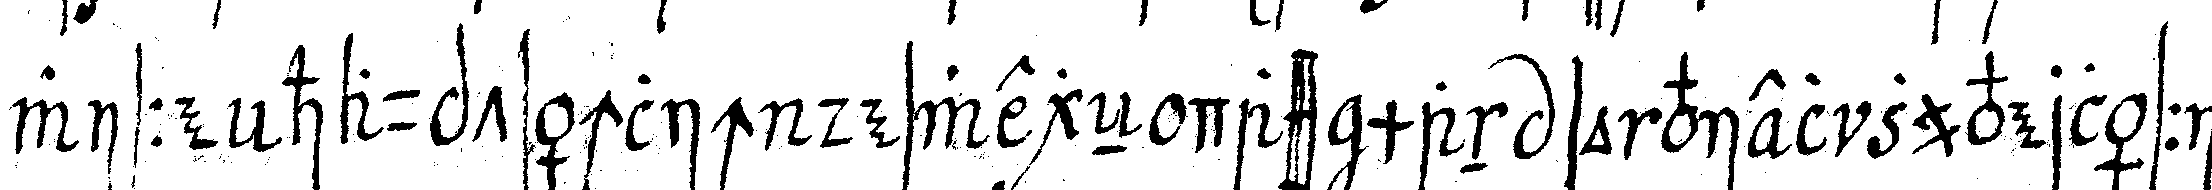
wisse hauptsächlich deswegeN dass man so viel zuverlässi